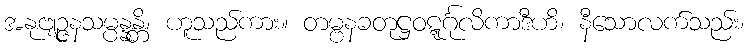
အနုဗျဉ္ဇနသမ္ပန္နန္တိ၊ ဟူသည်ကား။ တမ္ဗနခတုဋ္ဌဝဋ္ဋင်္ဂုလိကာဒီဟိ၊ နီသောလက်သည်း၊